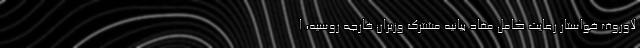
لاوروف خواستار رعایت کامل مفاد بیانیه مشترک وزیران خارجه روسیه، ا